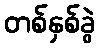
တစ်နှစ်ခွဲ